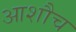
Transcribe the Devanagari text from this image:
आशौच